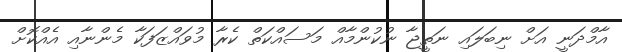
އާމްދަނީ އަށް ނިބަލައި ނަތީޖާ ނުކުންމާއް މަސައްކަތް ކެރާ މުވައްޒަފަކާ މެންނާއި އެއްކޮށް